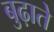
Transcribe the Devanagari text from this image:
बुढ़ाते